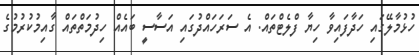
ހުޅުމާލޭގައި ހަދާފައިވާ ހިޔާ ފްލެޓްތައް. އެ ސަރަހައްދުގައި އަސާސީ ބައެއް ހިދުމަތްތައް ގާއިމުކުރުމުގެ